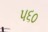
૫૬૦